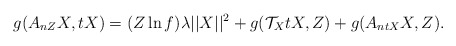
\begin{align*}g(A_{nZ}X, tX)=(Z\ln f)\lambda\vert\vert X \vert\vert^{2}+g(\mathcal{T}_{X}tX, Z)+g(A_{ntX}X, Z).\end{align*}